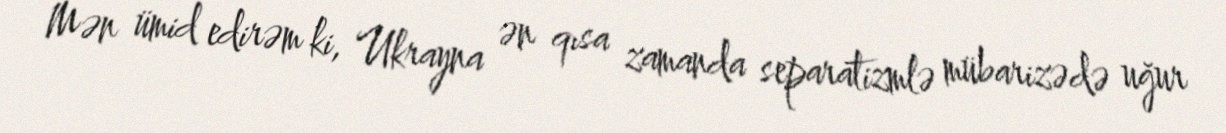
Mən ümid edirəm ki, Ukrayna ən qısa zamanda separatizmlə mübarizədə uğur